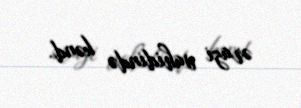
ərazi vahidində kənd.